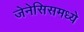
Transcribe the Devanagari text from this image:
जेनेसिसमध्ये